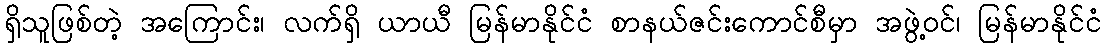
ရှိသူဖြစ်တဲ့ အကြောင်း၊ လက်ရှိ ယာယီ မြန်မာနိုင်ငံ စာနယ်ဇင်းကောင်စီမှာ အဖွဲ့ဝင်၊ မြန်မာနိုင်ငံ